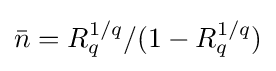
{\bar {n}}=R_{q}^{1/q}/(1-R_{q}^{1/q})